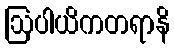
ဩပါယိကတရာနိ